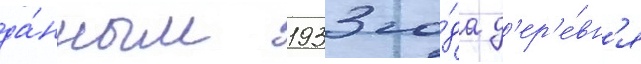
да́нным 1933 го́да д'ер'е́вн'я